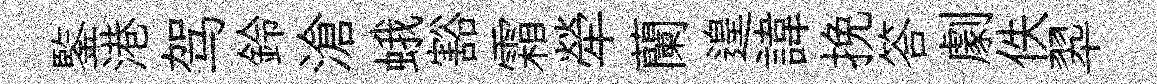
鍳港驾鈴滄蛾豁霜犖蘭遑諱挽答劇佚翆